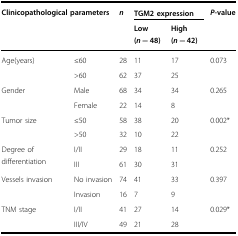
<table><thead><tr><td rowspan="2" colspan="2"><b>Clinicopathological parameters</b></td><td rowspan="2"><b><i>n</i></b></td><td colspan="2"><b>TGM2 expression</b></td><td rowspan="2"><b><i>P</i>-value</b></td></tr><tr><td><b>Low(<i>n</i> = 48)</b></td><td><b>High(<i>n</i> = 42)</b></td></tr></thead><tbody><tr><td rowspan="2">Age(years)</td><td>≤60</td><td>28</td><td>11</td><td>17</td><td rowspan="2">0.073</td></tr><tr><td>&gt;60</td><td>62</td><td>37</td><td>25</td></tr><tr><td rowspan="2">Gender</td><td>Male</td><td>68</td><td>34</td><td>34</td><td rowspan="2">0.265</td></tr><tr><td>Female</td><td>22</td><td>14</td><td>8</td></tr><tr><td rowspan="2">Tumor size</td><td>≤50</td><td>58</td><td>38</td><td>20</td><td rowspan="2">0.002*</td></tr><tr><td>&gt;50</td><td>32</td><td>10</td><td>22</td></tr><tr><td rowspan="2">Degree of differentiation</td><td>I/II</td><td>29</td><td>18</td><td>11</td><td rowspan="2">0.252</td></tr><tr><td>III</td><td>61</td><td>30</td><td>31</td></tr><tr><td rowspan="2">Vessels invasion</td><td>No invasion</td><td>74</td><td>41</td><td>33</td><td rowspan="2">0.397</td></tr><tr><td>Invasion</td><td>16</td><td>7</td><td>9</td></tr><tr><td rowspan="2">TNM stage</td><td>I/II</td><td>41</td><td>27</td><td>14</td><td rowspan="2">0.029*</td></tr><tr><td>III/IV</td><td>49</td><td>21</td><td>28</td></tr></tbody></table>